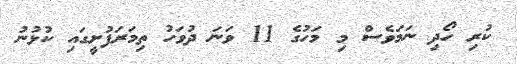
ކުރި ހޯދި ނަމަވެސް މި މަހުގެ 11 ވަނަ ދުވަހު ތިމަރަފުށީގައި ކުޅުނު